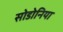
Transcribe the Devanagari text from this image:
सोडोनिया